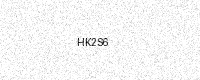
Text: HK2S6